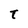
Character: t